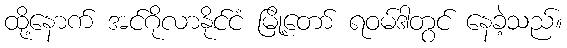
ထို့နောက် အင်ဂိုလာနိုင်ငံ မြို့တော် ရဝမ်ဒါတွင် နေခဲ့သည်။